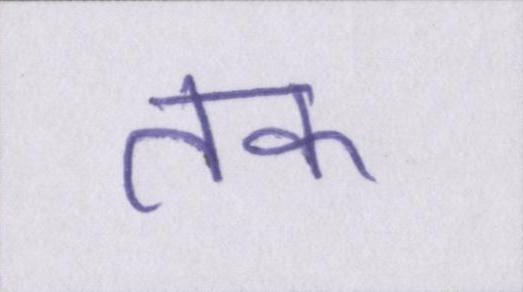
तक